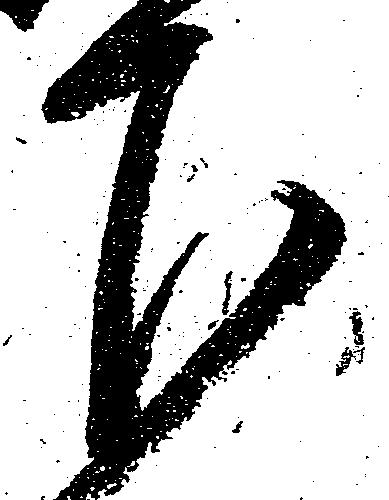
下